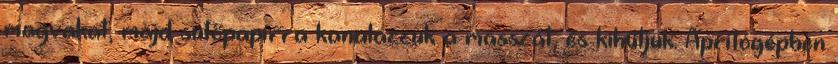
magvakat, majd sütőpapírra kanalazzuk a masszát, és kihűtjük. Aprítógépben